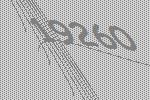
19260